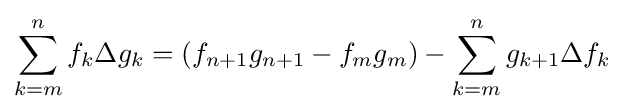
\sum _{k=m}^{n}f_{k}\Delta g_{k}=\left(f_{n+1}g_{n+1}-f_{m}g_{m}\right)-\sum _{k=m}^{n}g_{k+1}\Delta f_{k}